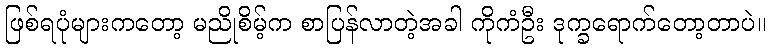
ဖြစ်ရပုံများကတော့ မညိုစိမ့်က စာပြန်လာတဲ့အခါ ကိုကံဦး ဒုက္ခရောက်တော့တာပဲ။